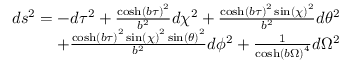
\begin{array} { r } { d s ^ { 2 } = - d \tau ^ { 2 } + \frac { \cosh \left( b { \tau } \right) ^ { 2 } } { b ^ { 2 } } d \chi ^ { 2 } + \frac { \cosh \left( b { \tau } \right) ^ { 2 } \sin \left( { \chi } \right) ^ { 2 } } { b ^ { 2 } } d \theta ^ { 2 } } \\ { + \frac { \cosh \left( b { \tau } \right) ^ { 2 } \sin \left( { \chi } \right) ^ { 2 } \sin \left( { \theta } \right) ^ { 2 } } { b ^ { 2 } } d \phi ^ { 2 } + \frac { 1 } { \cosh \left( b { \Omega } \right) ^ { 4 } } d \Omega ^ { 2 } } \end{array}